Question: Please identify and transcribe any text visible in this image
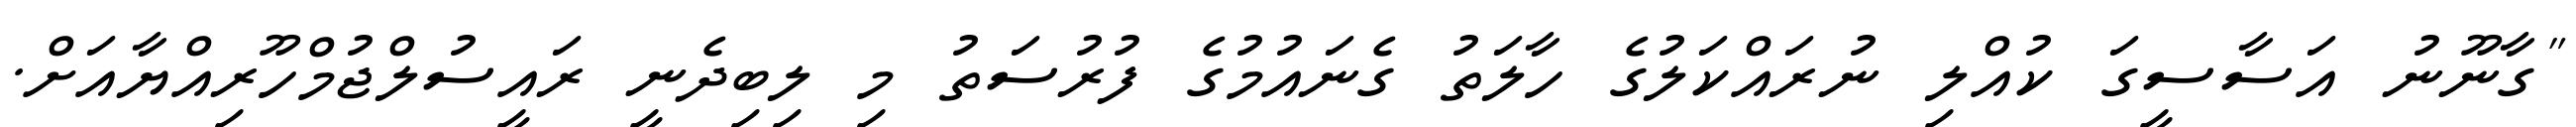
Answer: "ގާނޫނު އަސާސީގަ ކުއްލި ނުރައްކަލުގެ ހާލަތު ގެނައުމުގެ ފުރުސަތު މި ލިބިދެނީ ރައީސުލްޖުމްހޫރިއްޔާއަށް.